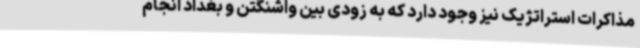
مذاکرات استراتژیک نیز وجود دارد که به زودی بین واشنگتن و بغداد انجام